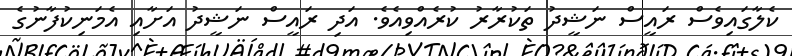
ކެލާގައިވެސް ރައީސް ނަޝީދު ތަކުރާރު ކުރެއްވިއެވެ. އަދި ރައީސް ނަޝީދު އަށާއި އެމަނިކުފާނުގެ